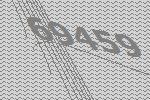
69459